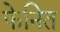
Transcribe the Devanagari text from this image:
फेनित